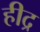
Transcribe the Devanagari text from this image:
हीद्र